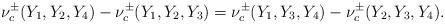
LaTeX: \begin{align*}\begin{aligned} \nu^{\pm}_c(Y_1,Y_2,Y_4)-\nu^{\pm}_c(Y_1,Y_2,Y_3)=\nu^{\pm}_c(Y_1,Y_3,Y_4)-\nu^{\pm}_c(Y_2,Y_3,Y_4).\end{aligned}\end{align*}